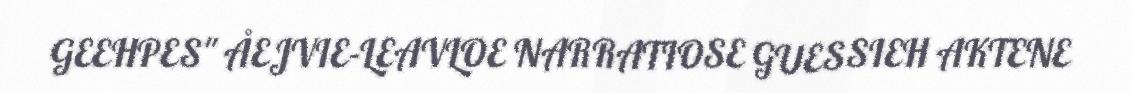
GEEHPES" ÅEJVIE-LEAVLOE NARRATIOSE GUESSIEH AKTENE